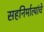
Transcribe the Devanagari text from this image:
सहनिर्मात्यांचे